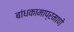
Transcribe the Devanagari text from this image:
बांधकामाप्रमाणे